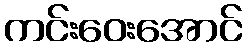
ကင်းဝေးအောင်